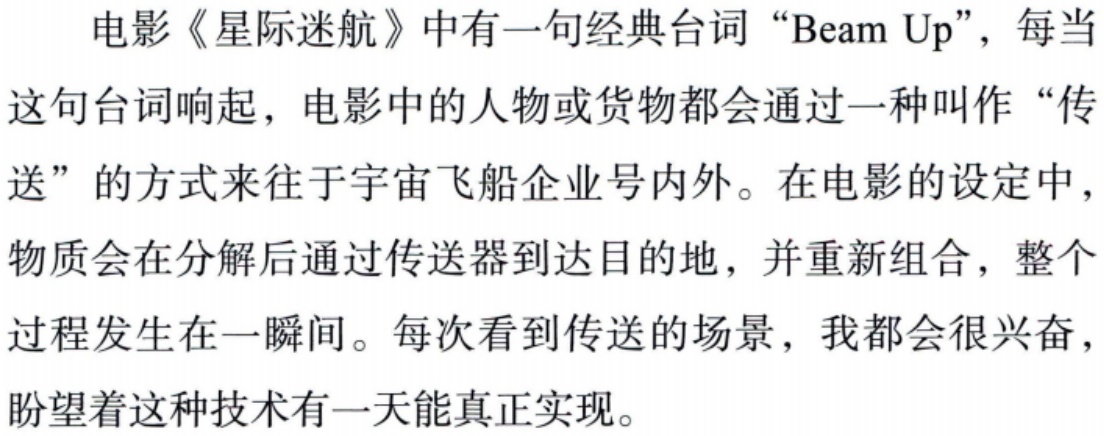
电影《星际迷航》中有一句经典台词“Beam Up”，每当这句台词响起，电影中的人物或货物都会通过一种叫作“传送”的方式来往于宇宙飞船企业号内外。在电影的设定中，物质会在分解后通过传送器到达目的地，并重新组合，整个过程发生在一瞬间。每次看到传送的场景，我都会很兴奋，盼望着这种技术有一天能真正实现。